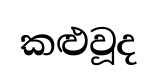
කළුවූද